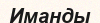
Иманды